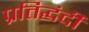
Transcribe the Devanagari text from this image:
प्रतिद्घंदी